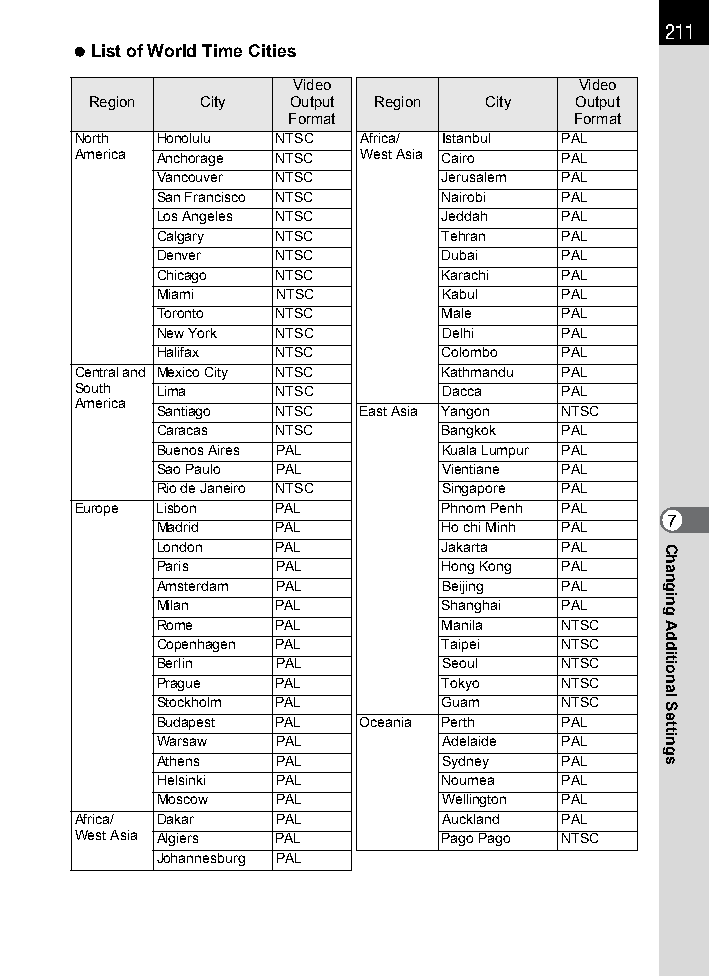
211
 List of World Time Cities
 Video              Video
 Region City  Output Region City Output
 Format             Format
 North Honolulu NTSC Africa/ Istanbul PAL
 America Anchorage NTSC West Asia Cairo PAL
 Vancouver NTSC     Jerusalem PAL
 San Francisco NTSC Nairobi PAL
 Los Angeles NTSC   Jeddah  PAL
 Calgary NTSC       Tehran  PAL
 Denver  NTSC       Dubai   PAL
 Chicago NTSC       Karachi PAL
 Miami   NTSC       Kabul   PAL
 Toronto NTSC       Male    PAL
 New York NTSC      Delhi   PAL
 Halifax NTSC       Colombo PAL
 Central and Mexico City NTSC Kathmandu PAL
 South Lima   NTSC       Dacca   PAL
 America
 Santiago NTSC East Asia Yangon NTSC
 Caracas NTSC       Bangkok PAL
 Buenos Aires PAL   Kuala Lumpur PAL
 Sao Paulo PAL      Vientiane PAL
 Rio de Janeiro NTSC Singapore PAL
 Europe Lisbon PAL       Phnom Penh PAL
 7
 Madrid  PAL        Ho chi Minh PAL
 London  PAL        Jakarta PAL
 Paris   PAL        Hong Kong PAL
 Amsterdam PAL      Beijing PAL
 Milan   PAL        Shanghai PAL
 Rome    PAL        Manila  NTSC
 Copenhagen PAL     Taipei  NTSC
 Berlin  PAL        Seoul   NTSC
 Prague  PAL        Tokyo   NTSC
 Stockholm PAL      Guam    NTSC
 Budapest PAL  Oceania Perth PAL
 Warsaw  PAL        Adelaide PAL
 Athens  PAL        Sydney  PAL
 Helsinki PAL       Noumea  PAL
 Moscow  PAL        Wellington PAL
 Africa/ Dakar PAL       Auckland PAL
 West Asia Algiers PAL   Pago Pago NTSC
 Johannesburg PAL
 Changing
 Additional
 Settings